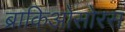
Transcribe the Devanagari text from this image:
ब्राकिओसोरस